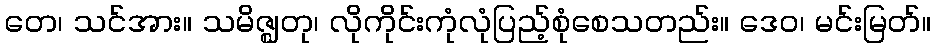
တေ၊ သင်အား။ သမိဇ္ဈတု၊ လိုကိုင်းကုံလုံပြည့်စုံစေသတည်း။ ဒေဝ၊ မင်းမြတ်။